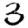
Digit: 3